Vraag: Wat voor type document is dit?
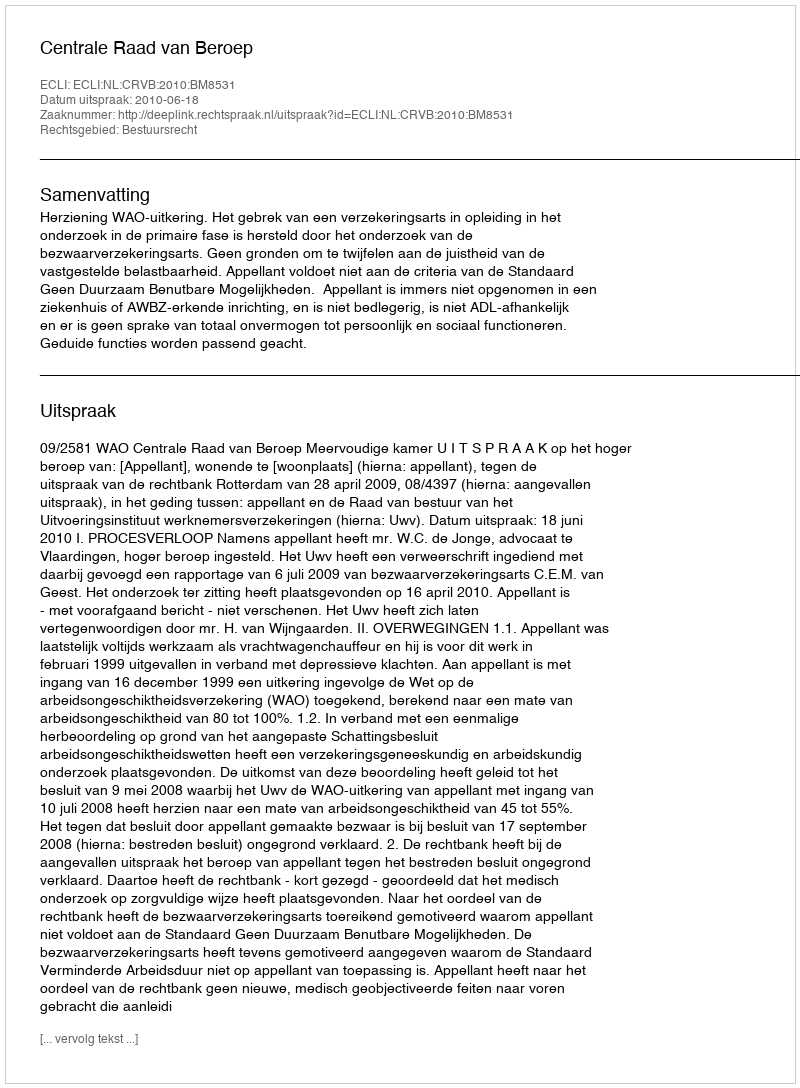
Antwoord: Uitspraak